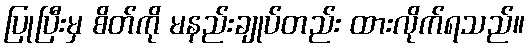
ပြုပြီးမှ စိတ်ကို မနည်းချုပ်တည်း ထားလိုက်ရသည်။